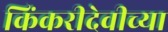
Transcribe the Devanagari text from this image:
किंकरीदेवीच्या